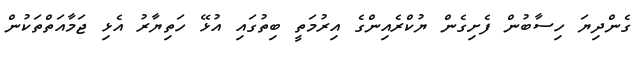
ގެންދިޔަ ހިސާބުން ފެށިގެން ޔުކްރެއިންގެ އިރުމަތީ ބިތުގައި އުޅޭ ހަތިޔާރު އެޅި ޖަމާއަތްތަކުން